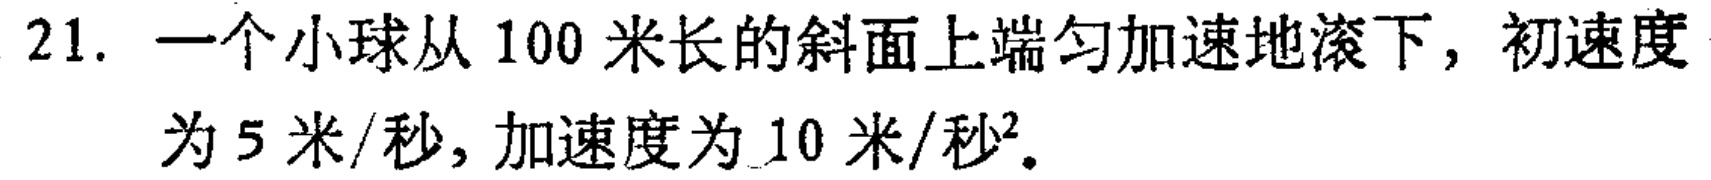
21. 一个小球从 100 米长的斜面上端匀加速地滚下，初速度为 5 米/秒，加速度为 10 米/秒²。